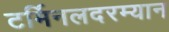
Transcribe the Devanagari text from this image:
टर्मिनलदरम्यान